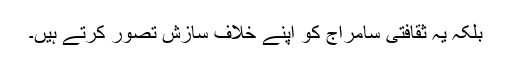
بلکہ یہ ثقافتی سامراج کو اپنے خلاف سازش تصور کرتے ہیں۔